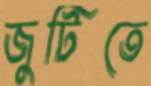
জুটিতে